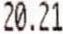
20.21